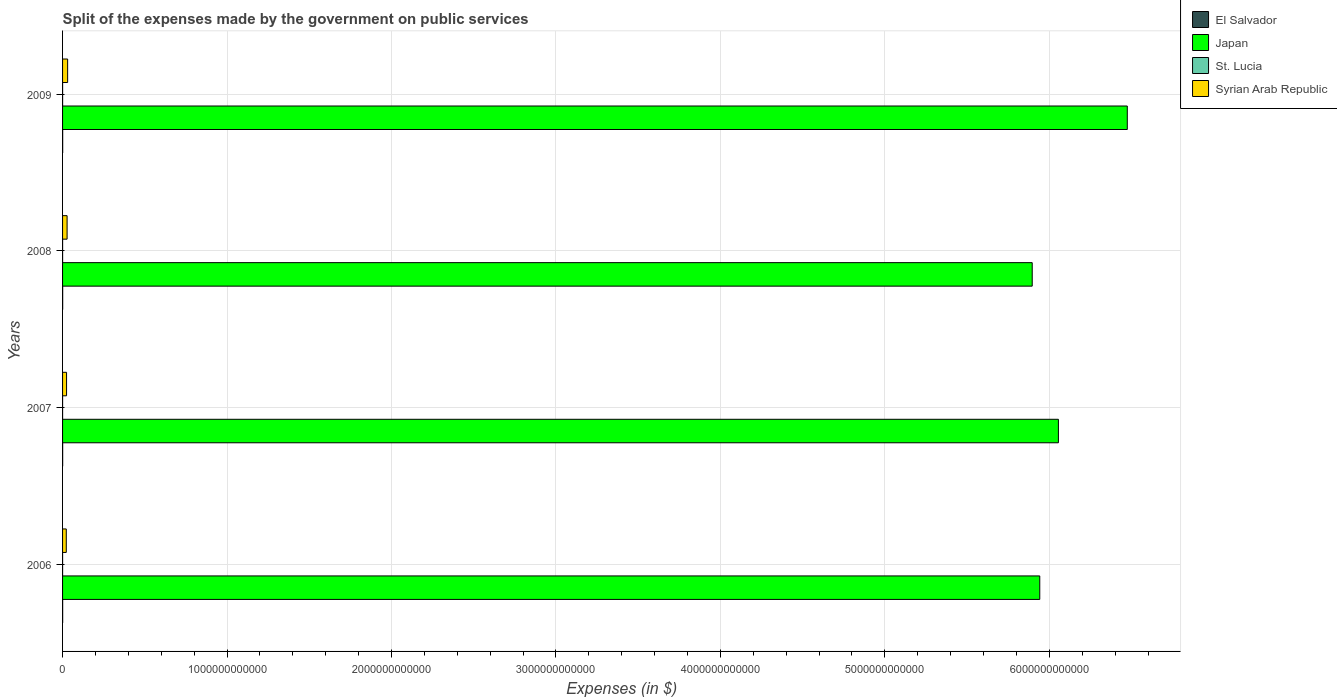
| Years | El Salvador | Japan | St. Lucia | Syrian Arab Republic |
 | --- | --- | --- | --- | --- |
 | 2006 | 5.79e+08 | 5.94e+12 | 1.04e+08 | 2.25e+10 |
 | 2007 | 5.53e+08 | 6.06e+12 | 1.04e+08 | 2.43e+10 |
 | 2008 | 6.76e+08 | 5.9e+12 | 1.33e+08 | 2.75e+10 |
 | 2009 | 6.78e+08 | 6.47e+12 | 1.35e+08 | 3.08e+10 |